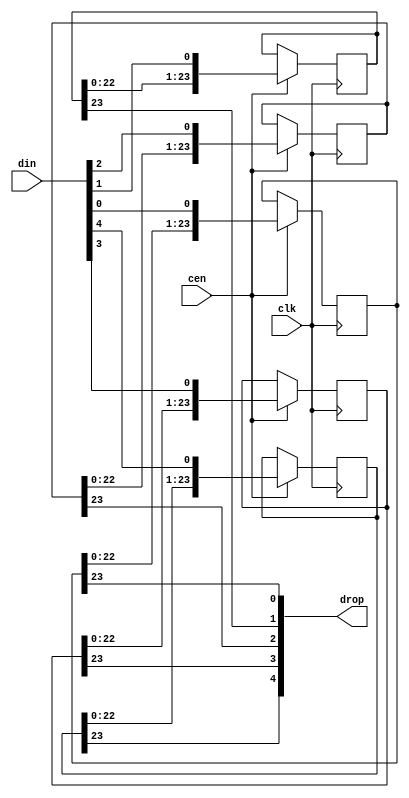
/*  This file is part of JTOPL.

    JTOPL is free software: you can redistribute it and/or modify
    it under the terms of the GNU General Public License as published by
    the Free Software Foundation, either version 3 of the License, or
    (at your option) any later version.

    JTOPL is distributed in the hope that it will be useful,
    but WITHOUT ANY WARRANTY; without even the implied warranty of
    MERCHANTABILITY or FITNESS FOR A PARTICULAR PURPOSE.  See the
    GNU General Public License for more details.

    You should have received a copy of the GNU General Public License
    along with JTOPL.  If not, see <http://www.gnu.org/licenses/>.

	Author: Jose Tejada Gomez. Twitter: @topapate
	Version: 1.0
	Date: 19-6-2020
	*/

// stages must be greater than 2
module jtopl_sh #(parameter width=5, stages=24 )
(
	input 				clk,
	input				cen,
	input	[width-1:0]	din,
   	output	[width-1:0]	drop
);

reg [stages-1:0] bits[width-1:0];

genvar i;
generate
	for (i=0; i < width; i=i+1) begin: bit_shifter
		always @(posedge clk) if(cen) begin
			bits[i] <= {bits[i][stages-2:0], din[i]};
		end
		assign drop[i] = bits[i][stages-1];
	end
endgenerate

endmodule